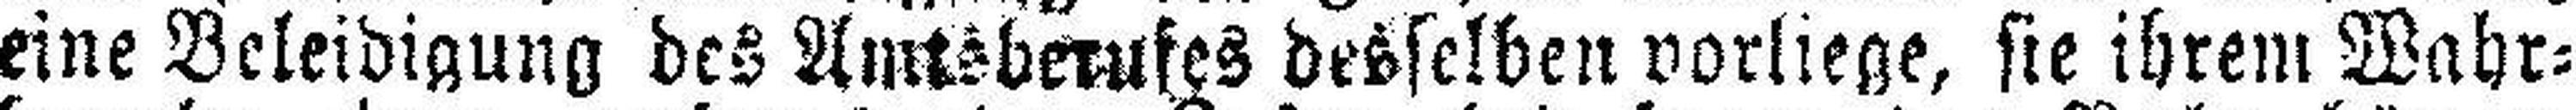
eine Beleidigung des Amtsberufes desselben vorliege, sie ihrem Wahr¬